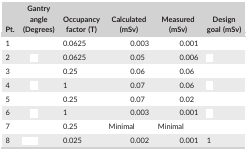
<table><thead><tr><td><b>Pt.</b></td><td><b>Gantry angle (Degrees)</b></td><td><b>Occupancy factor (T)</b></td><td><b>Calculated (mSv)</b></td><td><b>Measured (mSv)</b></td><td><b>Design goal (mSv)</b></td></tr></thead><tbody><tr><td>1</td><td>[EMPTY_CELL]</td><td>0.0625</td><td>0.003</td><td>0.001</td><td>[EMPTY_CELL]</td></tr><tr><td>2</td><td>[EMPTY_CELL]</td><td>0.0625</td><td>0.05</td><td>0.006</td><td>[EMPTY_CELL]</td></tr><tr><td>3</td><td>[EMPTY_CELL]</td><td>0.25</td><td>0.06</td><td>0.06</td><td>[EMPTY_CELL]</td></tr><tr><td>4</td><td>[EMPTY_CELL]</td><td>1</td><td>0.07</td><td>0.06</td><td>[EMPTY_CELL]</td></tr><tr><td>5</td><td>[EMPTY_CELL]</td><td>0.25</td><td>0.07</td><td>0.02</td><td>[EMPTY_CELL]</td></tr><tr><td>6</td><td>[EMPTY_CELL]</td><td>1</td><td>0.003</td><td>0.001</td><td>[EMPTY_CELL]</td></tr><tr><td>7</td><td>[EMPTY_CELL]</td><td>0.25</td><td>Minimal</td><td>Minimal</td><td>[EMPTY_CELL]</td></tr><tr><td>8</td><td>[EMPTY_CELL]</td><td>0.025</td><td>0.002</td><td>0.001</td><td>1</td></tr></tbody></table>